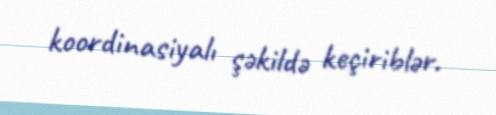
koordinasiyalı şəkildə keçiriblər.